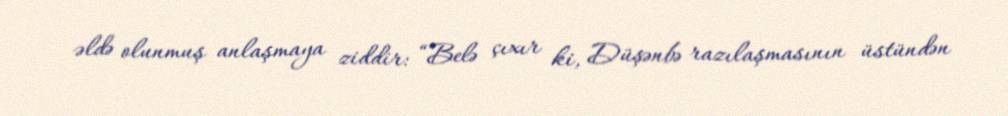
əldə olunmuş anlaşmaya ziddir: “Belə çıxır ki, Düşənbə razılaşmasının üstündən